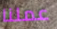
عملنا